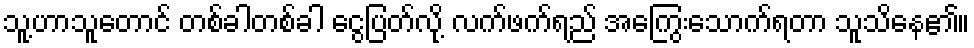
သူ့ဟာသူတောင် တစ်ခါတစ်ခါ ငွေပြတ်လို့ လက်ဖက်ရည် အကြွေးသောက်ရတာ သူသိနေ၏။